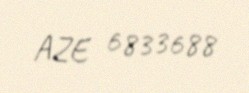
AZE 6833688